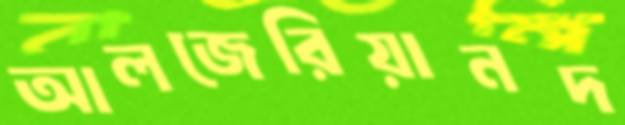
আলজেরিয়ানদ